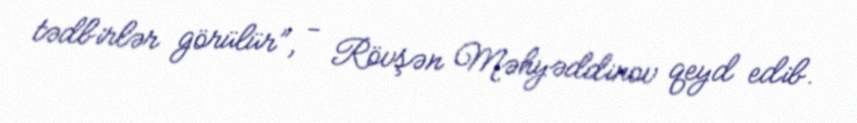
tədbirlər görülür”, - Rövşən Məhyəddinov qeyd edib.